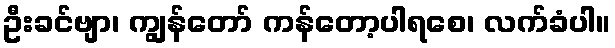
ဦးခင်ဗျာ၊ ကျွန်တော် ကန်တော့ပါရစေ၊ လက်ခံပါ။